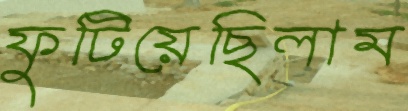
ফুটিয়েছিলাম